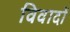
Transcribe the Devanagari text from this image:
विवादों